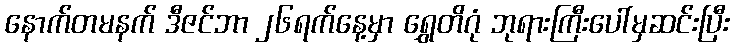
နောက်တမနက် ဒီဇင်ဘာ ၂၆ရက်နေ့မှာ ရွှေတိဂုံ ဘုရားကြီးပေါ်မှဆင်းပြီး